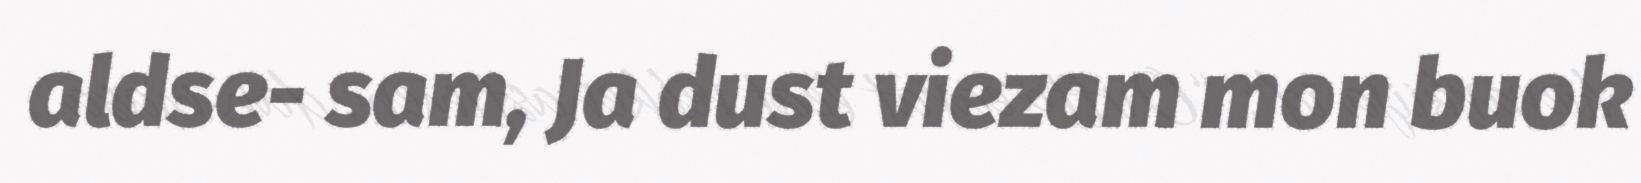
aldse- sam, Ja dust viezam mon buok